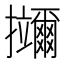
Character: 鿜